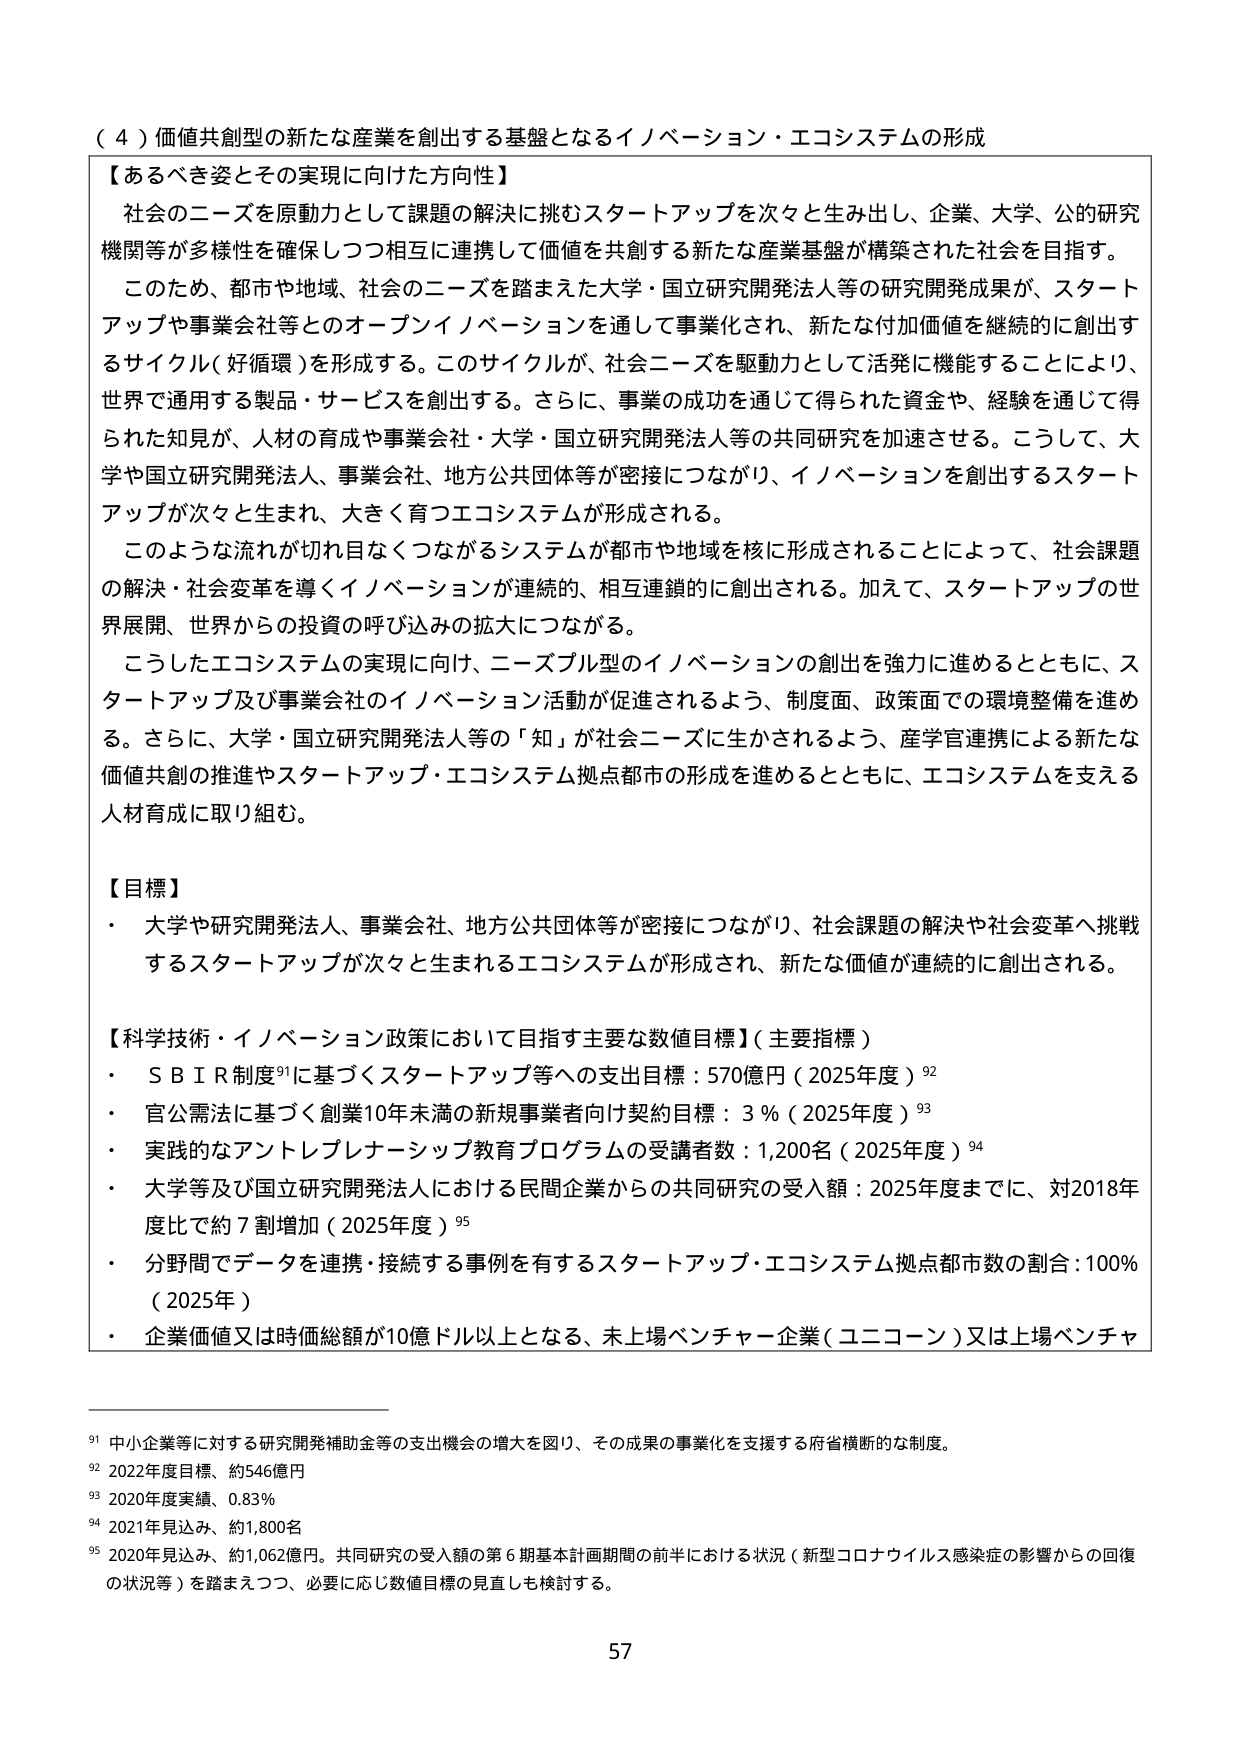
（４）価値共創型の新たな産業を創出する基盤となるイノベーション・エコシステムの形成

【あるべき姿とその実現に向けた方向性】
社会のニーズを原動力として課題の解決に挑むスタートアップを次々と生み出し、企業、大学、公的研究機関等が多様性を確保しつつ相互に連携して価値を共創する新たな産業基盤が構築された社会を目指す。
このため、都市や地域、社会のニーズを踏まえた大学・国立研究開発法人等の研究開発成果が、スタートアップや事業会社等とのオープンイノベーションを通じて事業化され、新たな付加価値を継続的に創出するサイクル（好循環）を形成する。このサイクルが、社会ニーズを駆動力として活発に機能することにより、世界で通用する製品・サービスを創出する。さらに、事業の成功を通じて得られた資金や、経験を通じて得られた知見が、人材の育成や事業会社・大学・国立研究開発法人等の共同研究を加速させる。こうして、大学や国立研究開発法人、事業会社、地方公共団体等が密接につながり、イノベーションを創出するスタートアップが次々と生まれ、大きく育つエコシステムが形成される。
このような流れが切れ目なくつながるシステムが都市や地域を核に形成されることによって、社会課題の解決・社会変革を導くイノベーションが連続的、相互連鎖的に創出される。加えて、スタートアップの世界展開、世界からの投資の呼び込みの拡大につながる。
こうしたエコシステムの実現に向け、ニーズブル型のイノベーションの創出を強力に進めるとともに、スタートアップ及び事業会社のイノベーション活動が促進されるよう、制度面、政策面での環境整備を進める。さらに、大学・国立研究開発法人等の「知」が社会ニーズに生かされるよう、産学官連携による新たな価値共創の推進やスタートアップ・エコシステム拠点都市の形成を進めるとともに、エコシステムを支える人材育成に取り組む。

【目標】
・大学や研究開発法人、事業会社、地方公共団体等が密接につながり、社会課題の解決や社会変革へ挑戦するスタートアップが次々と生まれるエコシステムが形成され、新たな価値が連続的に創出される。

【科学技術・イノベーション政策において目指す主要な数値目標】（主要指標）
・ＳＢＩＲ制度⁹¹に基づくスタートアップ等への支出目標：570億円（2025年度）⁹²
・官公需法に基づく創業10年未満の新規事業者向け契約目標：3％（2025年度）⁹³
・実践的なアントレプレナーシップ教育プログラムの受講者数：1,200名（2025年度）⁹⁴
・大学等及び国立研究開発法人における民間企業からの共同研究の受入額：2025年度までに、対2018年度比で約7割増加（2025年度）⁹⁵
・分野間でデータを連携・接続する事例を有するスタートアップ・エコシステム拠点都市数の割合：100％（2025年）
・企業価値又は時価総額が10億ドル以上となる、未上場ベンチャー企業（ユニコーン）又は上場ベンチャー

⁹¹ 中小企業等に対する研究開発補助金等の支出機会の増大を図り、その成果の事業化を支援する府省横断的な制度。
⁹² 2022年度目標、約546億円
⁹³ 2020年度実績、0.83％
⁹⁴ 2021年見込み、約1,800名
⁹⁵ 2020年見込み、約1,062億円。共同研究の受入額の第6期基本計画期間の前半における状況（新型コロナウイルス感染症の影響からの回復の状況等）を踏まえつつ、必要に応じ数値目標の見直しも検討する。

57